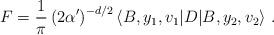
LaTeX: \begin{align*}F = \frac{1}{\pi} \left( 2 \alpha ' \right)^{- d/2} \langle B, y_1 , v_1 | D |B, y_2 , v_2 \rangle~. \end{align*}